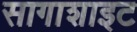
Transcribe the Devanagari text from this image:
सागाशाइट